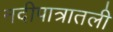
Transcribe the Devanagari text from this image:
नदीपात्रातली